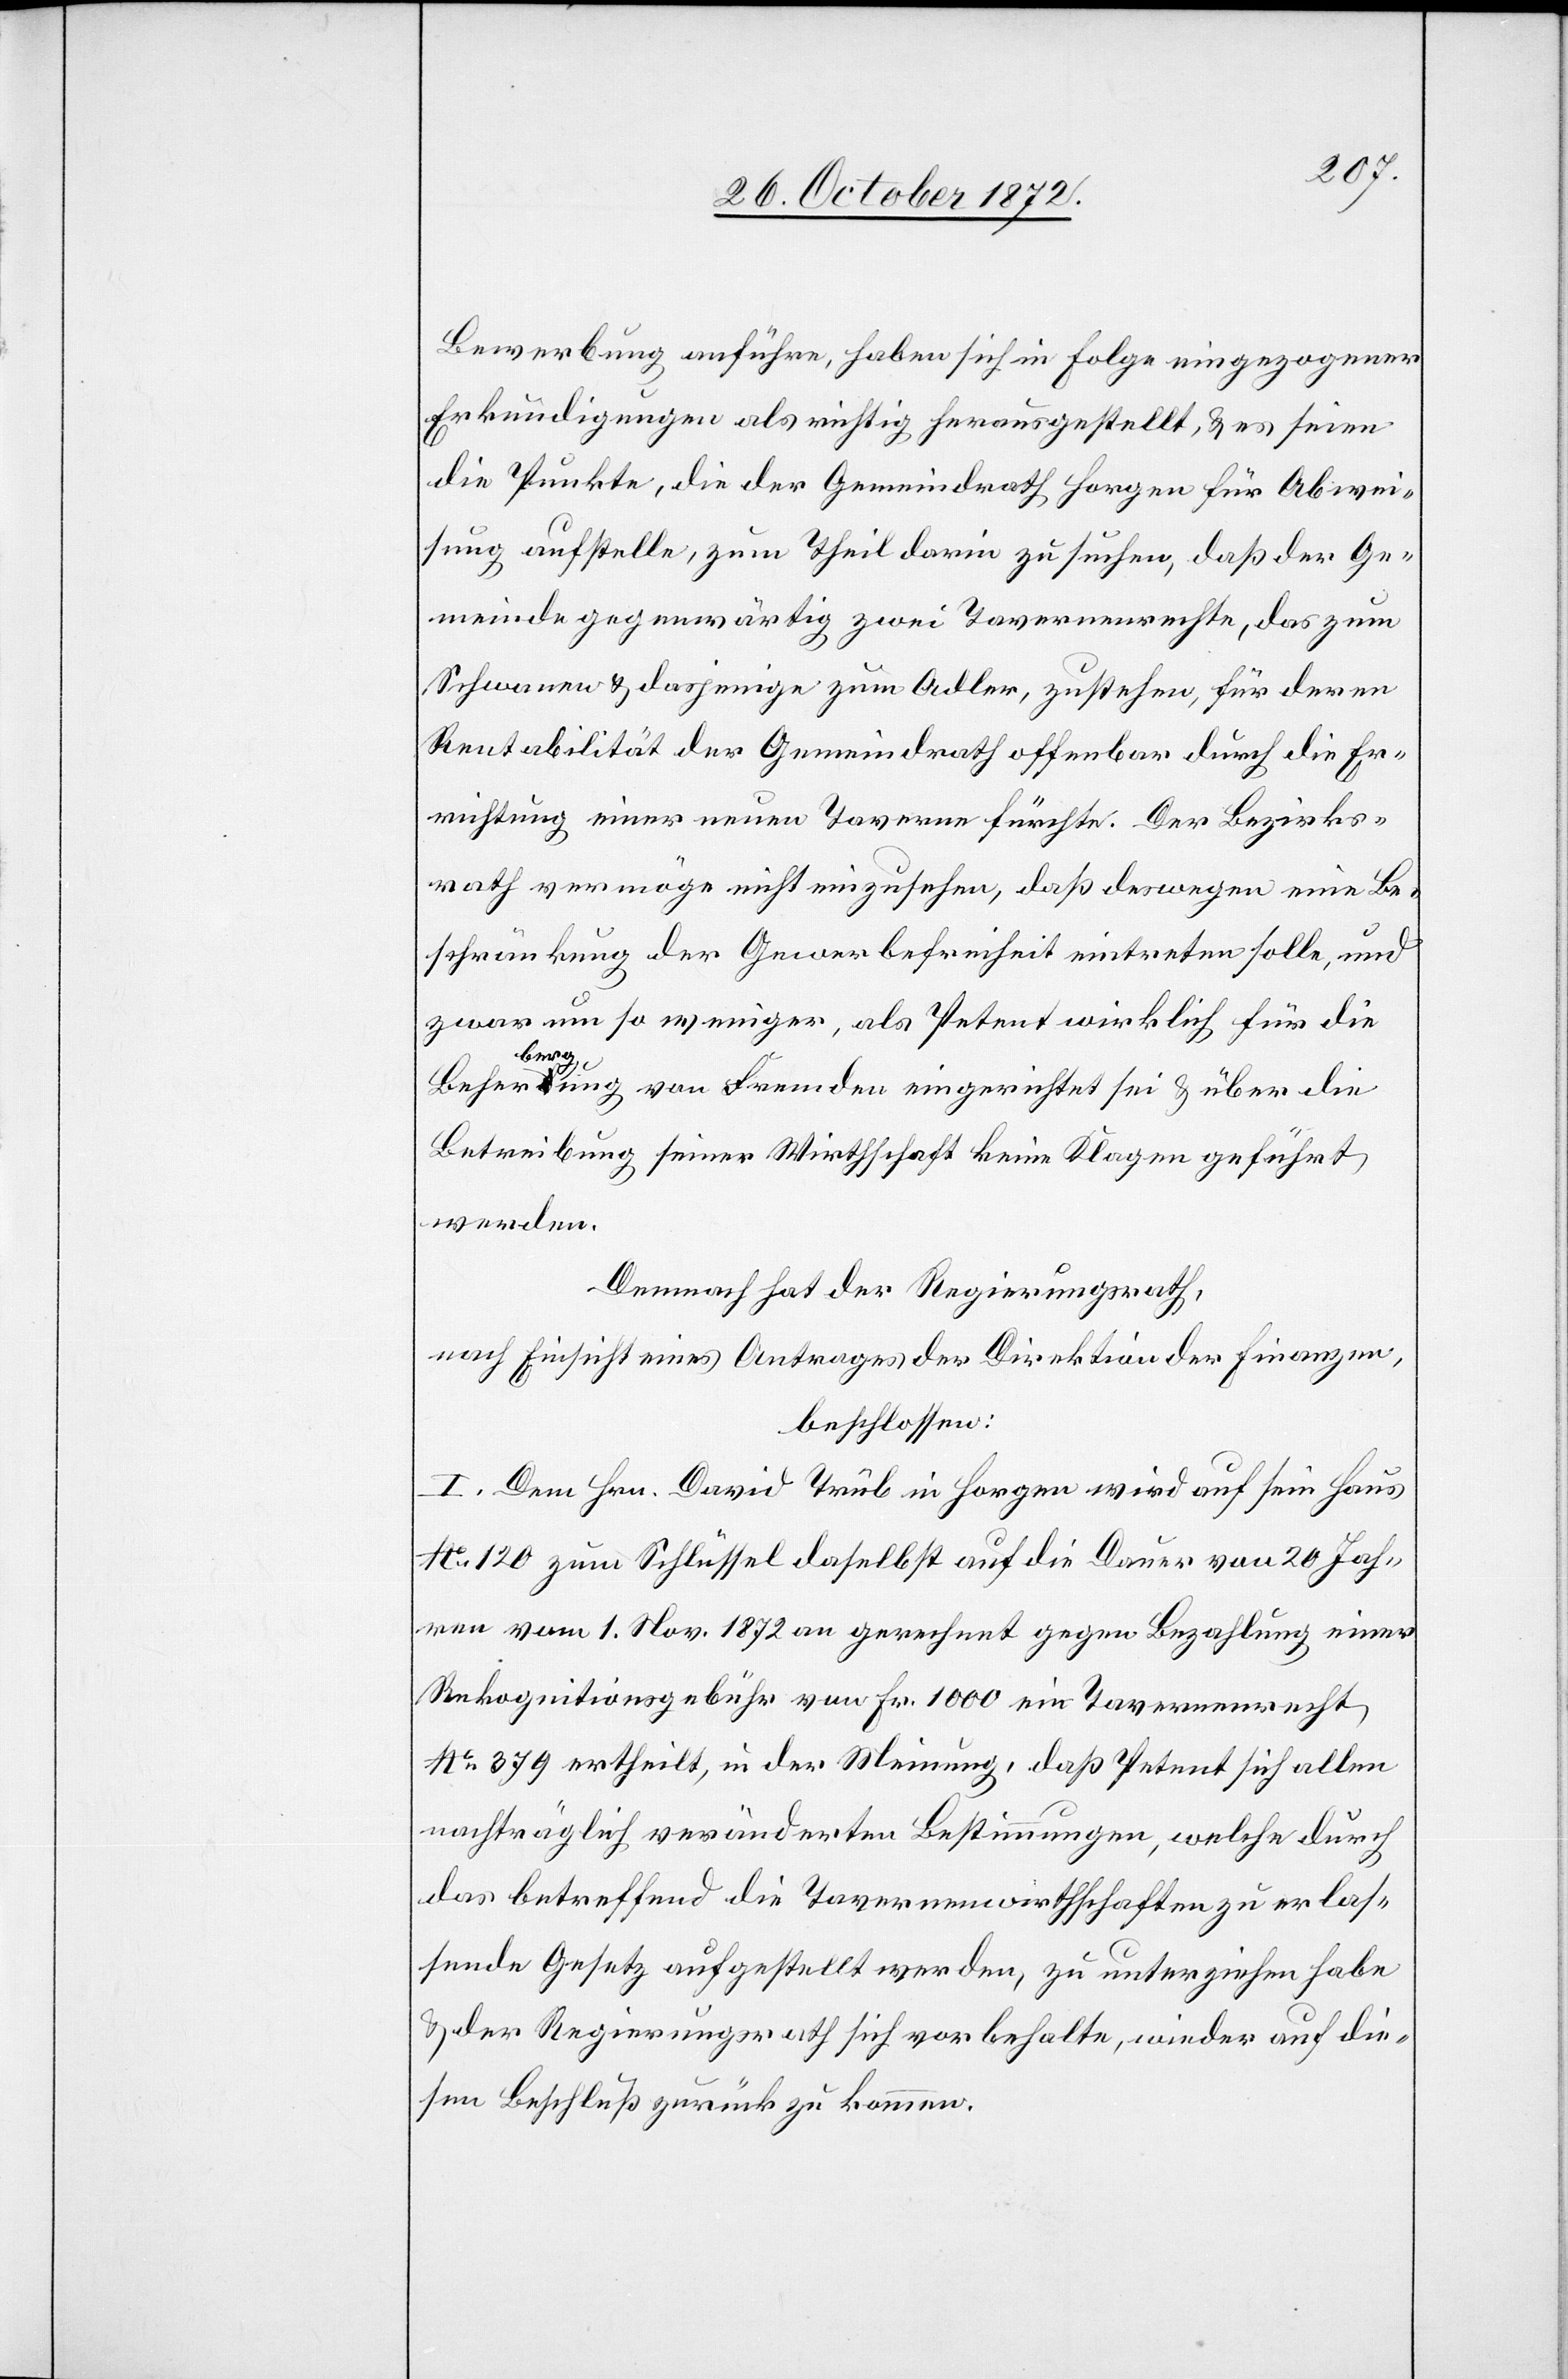
Bewerbung anführe, haben sich in Folge eingezogener
Erkundigungen als richtig herausgestellt, u. es seien
die Punkte, die der Gemeindrath Horgen für Abwei¬
sung aufstelle, zum Theil darin zu suchen, daß der Ge¬
meinde gegenwärtig zwei Tavernenrechte, das zum
Schwanen u. dasjenige zum Adler, zustehen, für deren
Rentabilität der Gemeindrath offenbar durch die Er¬
richtung einer neuen Taverne fürchte. Der Berziks¬
rath vermöge nicht einzusehen, daß deswegen eine Be¬
schränkung der Gewerbefreiheit eintreten solle, und
zwar um so weniger, als Petent wirklich für die
Beherbergung von Fremden eingerichtet sei u. über die
Betreibung seiner Wirthschaft keine Klagen geführt
werden.
Demnach hat der Regierungsrath,
nach Einsicht eines Antrages der Direktion der Finanzen,
beschlossen:
I. Dem Hrn. David Trüb in Horgen wird auf sein Haus
No 120 zum Schlüssel daselbst auf die Dauer von 20 Jah¬
ren vom 1. Nov. 1872 an gerechnet gegen Bezahlung einer
Rekognitionsgebühr von Fr. 1000 ein Tavernenrecht
No 379 ertheilt, in der Meinung, daß Petent sich allen
nachträglich veränderten Bestimmungen, welche durch
das betreffend die Tavernenwirthschaften zu erlas¬
sende Gesetz aufgestellt werden, zu unterziehen habe
u. der Regierungsrath sich vorbehalte, wieder auf die¬
sen Beschluß zurückzukommen.